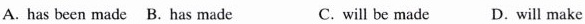
A. has been made B. Has made C. will be made D.will make